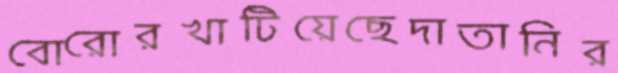
বোরোরখাটিয়েছেদাতানির